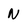
Character: N